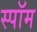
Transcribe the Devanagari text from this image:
स्पॉम